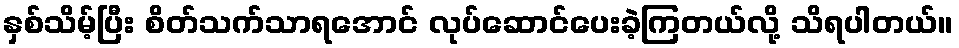
နှစ်သိမ့်ပြီး စိတ်သက်သာရအောင် လုပ်ဆောင်ပေးခဲ့ကြတယ်လို့ သိရပါတယ်။